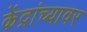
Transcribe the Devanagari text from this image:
केंद्रांच्यावर